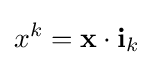
x^{k}=\mathbf {x} \cdot \mathbf {i} _{k}